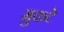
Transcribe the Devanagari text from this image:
मुकटे